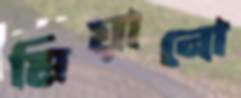
মিয়ানো